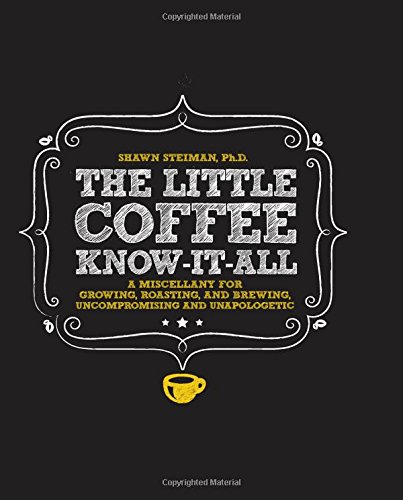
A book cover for The Little Coffee Know-It-All: A Miscellany for growing, roasting, and brewing, uncompromising and unapologetic; Shawn Steiman; Cookbooks, Food & Wine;